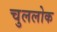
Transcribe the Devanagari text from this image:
चुललोक